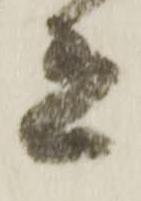
之